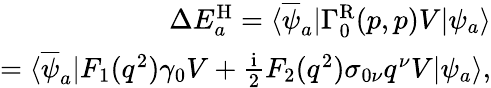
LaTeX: \begin{array}{r}{\Delta E_{a}^{\mathrm{H}}=\langle\overline{{\psi}}_{a}|\Gamma_{0}^{\mathrm{R}}(p,p)V|\psi_{a}\rangle}\\ {=\langle\overline{{\psi}}_{a}|F_{1}(q^{2})\gamma_{0}V+\frac{\mathrm{i}}{2}F_{2}(q^{2})\sigma_{0\nu}q^{\nu}V|\psi_{a}\rangle,}\end{array}